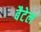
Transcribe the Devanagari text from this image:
बैटेल